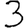
Digit: 3